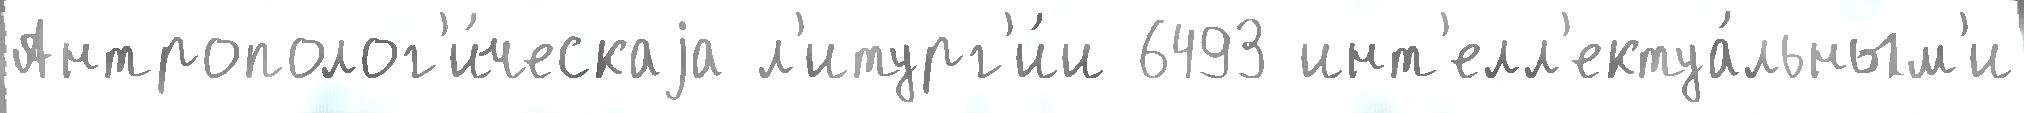
Антрополог'и́ческаjа л'итург'и́и 6493 инт'елл'ектуа́льным'и